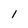
Character: 1